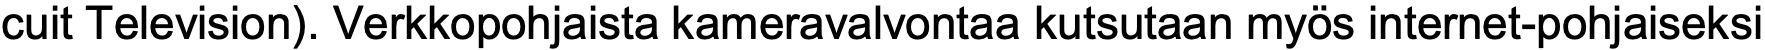
cuit Television). Verkkopohjaista kameravalvontaa kutsutaan myös internet-pohjaiseksi